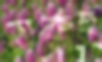
তুর্কহ